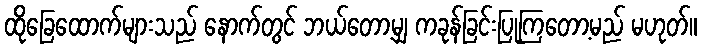
ထိုခြေထောက်များသည် နောက်တွင် ဘယ်တော့မျှ ကခုန်ခြင်းပြုကြတော့မည် မဟုတ်။